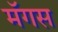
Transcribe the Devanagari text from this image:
मॅगस